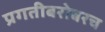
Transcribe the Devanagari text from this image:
प्रगतीबरोबरच